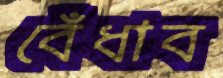
বেঁধাব